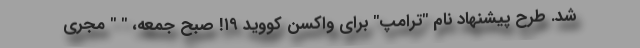
شد. طرح پیشنهاد نام "ترامپ" برای واکسن کووید ۱۹! صبح جمعه، " " مجری